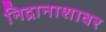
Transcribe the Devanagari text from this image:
निद्रानाशावर